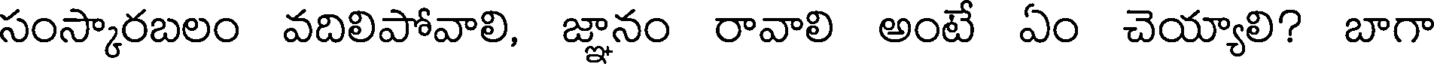
సంస్కారబలం వదిలిపోవాలి, జ్ఞానం రావాలి అంటే ఏం చెయ్యాలి? బాగా